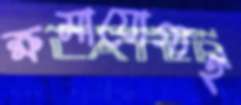
ক্ষমাযোগ্যই